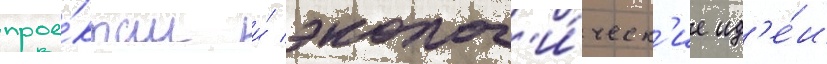
прое́ктам и́ эколог'и́ческ'ие ид'е́и